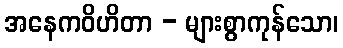
အနေကဝိဟိတာ - များစွာကုန်သော၊